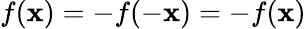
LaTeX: f({\mathbf{x}})=-f(-{\mathbf{x}})=-f({\mathbf{x}})